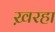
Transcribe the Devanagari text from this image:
ख़रहा